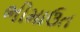
ભીમાઉત